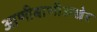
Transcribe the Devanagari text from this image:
आणीबाणीअखेर